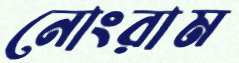
নোংরাম